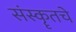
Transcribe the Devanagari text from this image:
संस्कॄतचे